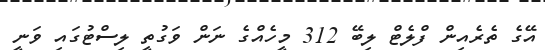
އޭގެ ތެރެއިން ފްލެޓް ލިބޭ 312 މީހެއްގެ ނަން ވަގުތީ ލިސްޓުގައި ވަނީ